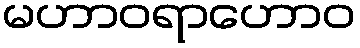
မဟာဝရာဟောဝ